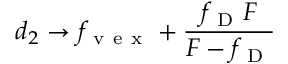
d _ { 2 } \rightarrow f _ { \mathrm { ~ v ~ e ~ x ~ } } + \frac { f _ { \mathrm { ~ D ~ } } F } { F - f _ { \mathrm { ~ D ~ } } }